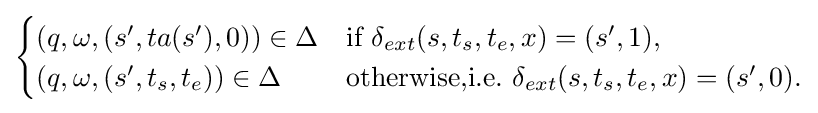
{\begin{cases}(q,\omega ,(s',ta(s'),0))\in \Delta &{\textrm {if}}~\delta _{ext}(s,t_{s},t_{e},x)=(s',1),\\(q,\omega ,(s',t_{s},t_{e}))\in \Delta &{\textrm {otherwise,i.e.}}~\delta _{ext}(s,t_{s},t_{e},x)=(s',0).\end{cases}}